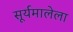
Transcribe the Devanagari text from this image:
सूर्यमालेला